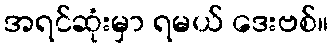
အရင်ဆုံးမှာ ရမယ် ဒေးဗစ်။